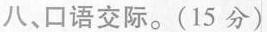
八、口语交际。(15分）